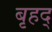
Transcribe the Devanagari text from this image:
बृहद्‌